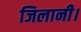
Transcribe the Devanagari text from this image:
जिलानी।